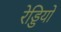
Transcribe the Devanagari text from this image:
रेड्डियों